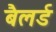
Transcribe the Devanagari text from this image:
बैलर्ड